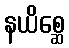
နယိစ္ဆေ